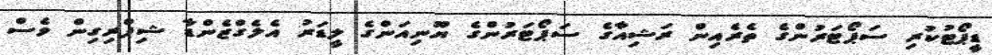
ޑީޕޯޓުކުރި ސަޕޯޓަރުންގެ ތެރެއިން ރަޝިއާގެ ސަޕޯޓަރުންގެ ޔޫނިއަންގެ ލީޑަރު އެލެގްޒެންޑާ ޝިޕްރިގިން ވެސް